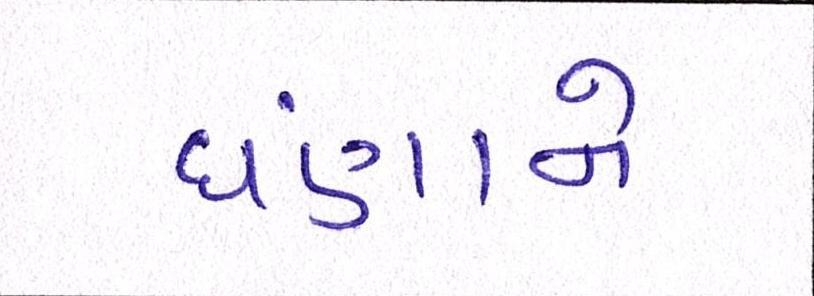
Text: ઘણાંને